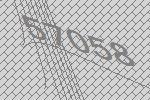
57058